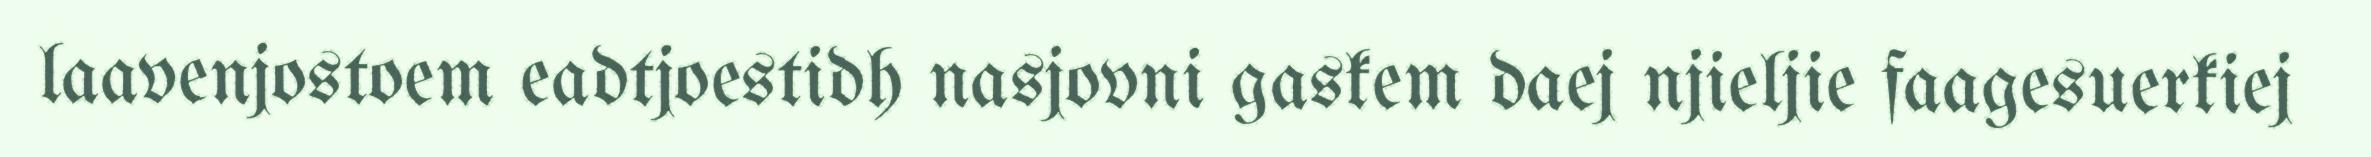
laavenjostoem eadtjoestidh nasjovni gaskem daej njieljie faagesuerkiej